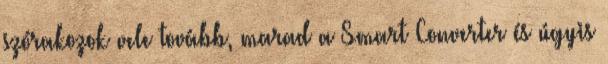
szórakozok vele tovább, marad a Smart Converter és úgyis